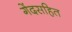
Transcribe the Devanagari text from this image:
गेंदसहित